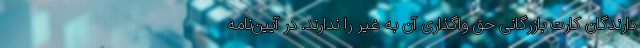
دارندگان کارت بازرگانی حق واگذاری آن به غیر را ندارند. در آیین‌نامه